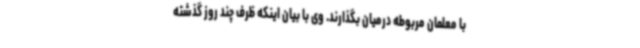
با معلمان مربوطه درمیان بگذارند. وی با بیان اینکه ظرف چند روز گذشته